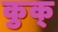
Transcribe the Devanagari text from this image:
कुक्